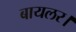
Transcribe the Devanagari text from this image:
बायलर।